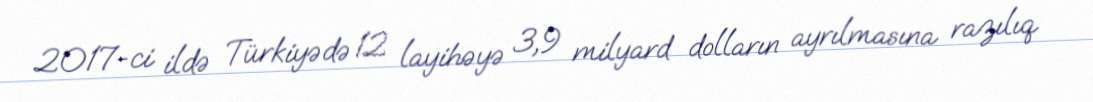
2017-ci ildə Türkiyədə 12 layihəyə 3,9 milyard dolların ayrılmasına razılıq